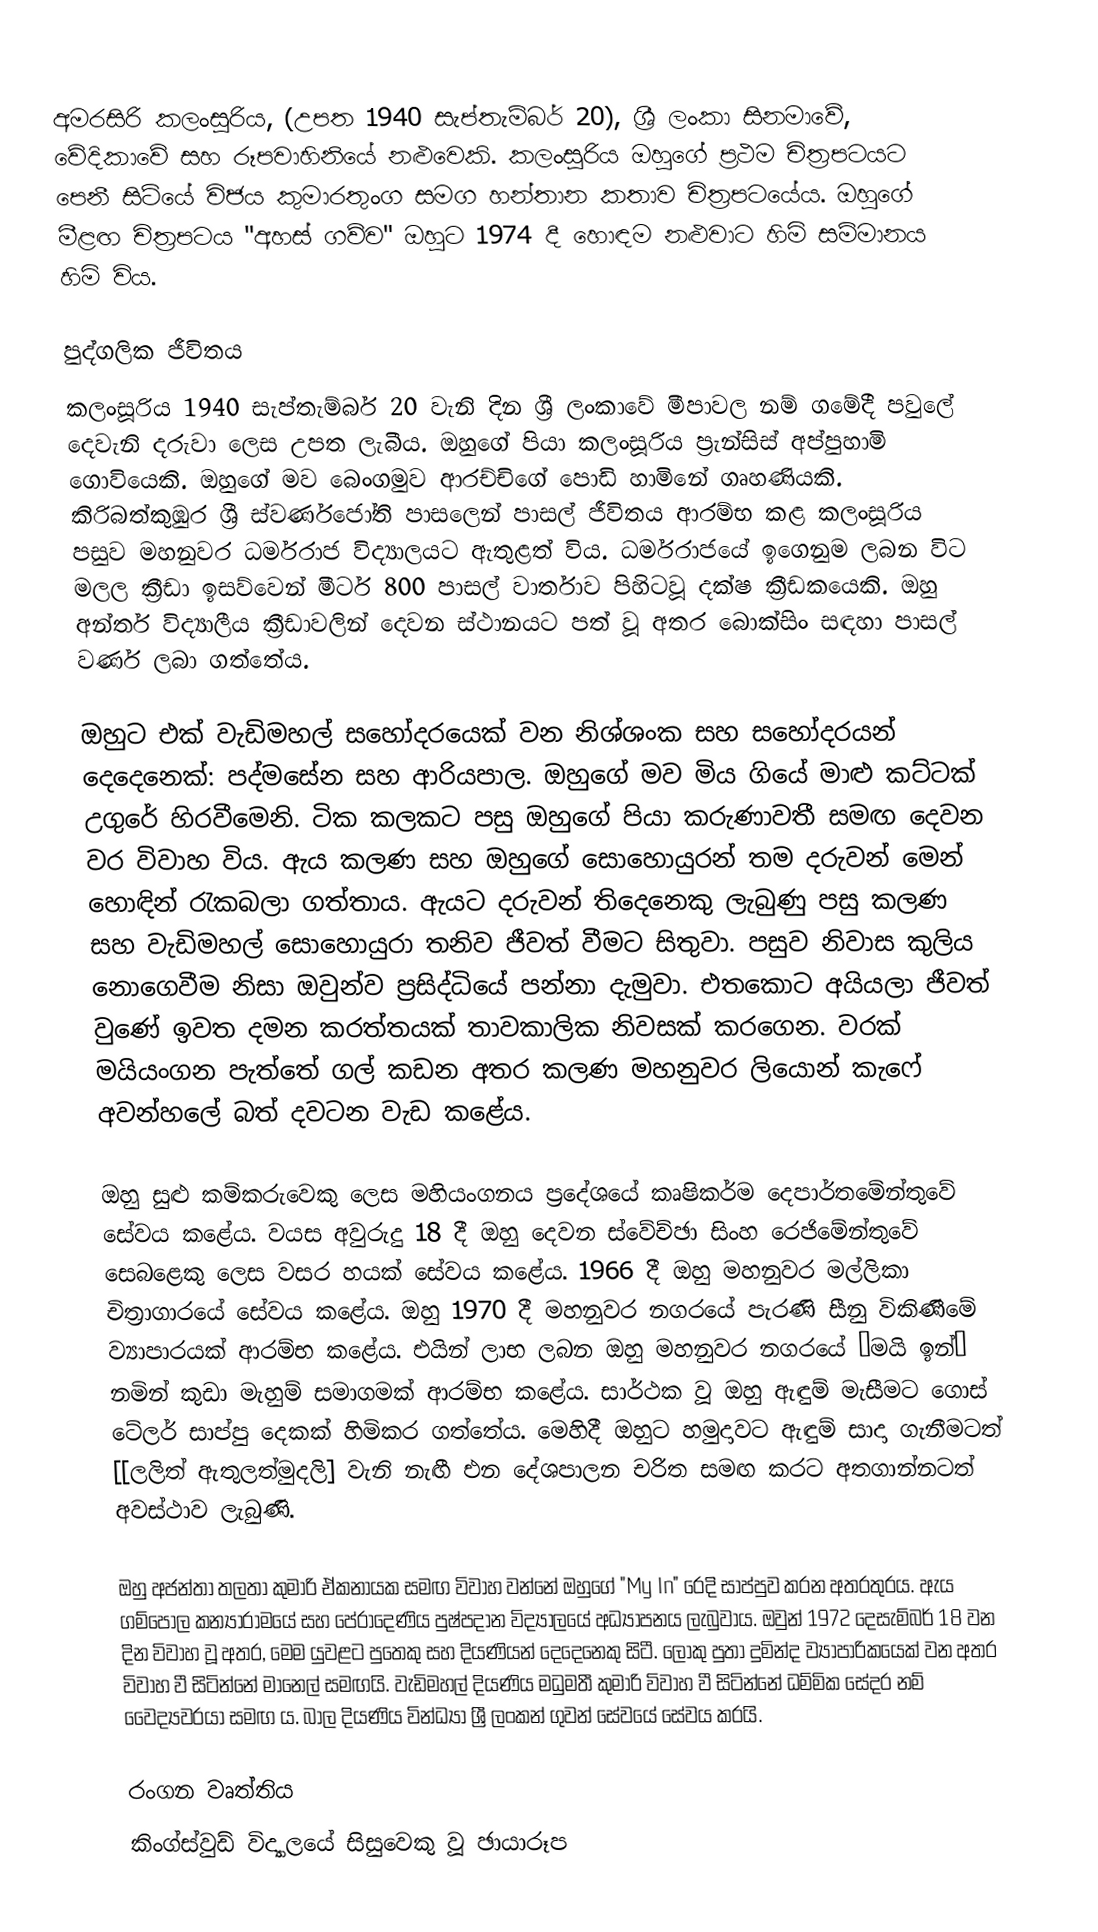
අමරසිරි කලංසූරිය, (උපත 1940 සැප්තැම්බර් 20), ශ්‍රී ලංකා සිනමාවේ, වේදිකාවේ සහ රූපවාහිනියේ නළුවෙකි. කලංසූරිය ඔහුගේ ප්‍රථම චිත්‍රපටයට පෙනී සිටියේ විජය කුමාරතුංග සමග හන්තාන කතාව චිත්‍රපටයේය. ඔහුගේ මීළඟ චිත්‍රපටය "අහස් ගව්ව" ඔහුට 1974 දී හොඳම නළුවාට හිමි සම්මානය හිමි විය.

පුද්ගලික ජීවිතය
කලංසූරිය 1940 සැප්තැම්බර් 20 වැනි දින ශ්‍රී ලංකාවේ මීපාවල නම් ගමේදී පවුලේ දෙවැනි දරුවා ලෙස උපත ලැබීය. ඔහුගේ පියා කලංසූරිය ප්‍රැන්සිස් අප්පුහාමි ගොවියෙකි. ඔහුගේ මව බෙංගමුව ආරච්චිගේ පොඩි හාමිනේ ගෘහණියකි. කිරිබත්කුඹුර ශ්‍රී ස්වර්ණජෝති පාසලෙන් පාසල් ජීවිතය ආරම්භ කළ කලංසූරිය පසුව මහනුවර ධර්මරාජ විද්‍යාලයට ඇතුළත් විය. ධර්මරාජයේ ඉගෙනුම ලබන විට මලල ක්‍රීඩා ඉසව්වෙන් මීටර් 800 පාසල් වාර්තාව පිහිටවූ දක්ෂ ක්‍රීඩකයෙකි. ඔහු අන්තර් විද්‍යාලීය ක්‍රීඩාවලින් දෙවන ස්ථානයට පත් වූ අතර බොක්සිං සඳහා පාසල් වර්ණ ලබා ගත්තේය.

ඔහුට එක් වැඩිමහල් සහෝදරයෙක් වන නිශ්ශංක සහ සහෝදරයන් දෙදෙනෙක්: පද්මසේන සහ ආරියපාල. ඔහුගේ මව මිය ගියේ මාළු කට්ටක් උගුරේ හිරවීමෙනි. ටික කලකට පසු ඔහුගේ පියා කරුණාවතී සමඟ දෙවන වර විවාහ විය. ඇය කලණ සහ ඔහුගේ සොහොයුරන් තම දරුවන් මෙන් හොඳින් රැකබලා ගත්තාය. ඇයට දරුවන් තිදෙනෙකු ලැබුණු පසු කලණ සහ වැඩිමහල් සොහොයුරා තනිව ජීවත් වීමට සිතුවා. පසුව නිවාස කුලිය නොගෙවීම නිසා ඔවුන්ව ප්‍රසිද්ධියේ පන්නා දැමුවා. එතකොට අයියලා ජීවත් වුණේ ඉවත දමන කරත්තයක් තාවකාලික නිවසක් කරගෙන. වරක් මයියංගන පැත්තේ ගල් කඩන අතර කලණ මහනුවර ලියොන් කැෆේ අවන්හලේ බත් දවටන වැඩ කළේය.

ඔහු සුළු කම්කරුවෙකු ලෙස මහියංගනය ප්‍රදේශයේ කෘෂිකර්ම දෙපාර්තමේන්තුවේ සේවය කළේය. වයස අවුරුදු 18 දී ඔහු දෙවන ස්වේච්ඡා සිංහ රෙජිමේන්තුවේ සෙබළෙකු ලෙස වසර හයක් සේවය කළේය. 1966 දී ඔහු මහනුවර මල්ලිකා චිත්‍රාගාරයේ සේවය කළේය. ඔහු 1970 දී මහනුවර නගරයේ පැරණි සීනු විකිණීමේ ව්‍යාපාරයක් ආරම්භ කළේය. එයින් ලාභ ලබන ඔහු මහනුවර නගරයේ ‘මයි ඉන්’ නමින් කුඩා මැහුම් සමාගමක් ආරම්භ කළේය. සාර්ථක වූ ඔහු ඇඳුම් මැසීමට ගොස් ටේලර් සාප්පු දෙකක් හිමිකර ගත්තේය. මෙහිදී ඔහුට හමුදාවට ඇඳුම් සාදා ගැනීමටත් [[ලලිත් ඇතුලත්මුදලි] වැනි නැඟී එන දේශපාලන චරිත සමඟ කරට අතගාන්නටත් අවස්ථාව ලැබුණි.

ඔහු අජන්තා තලතා කුමාරි ඒකනායක සමඟ විවාහ වන්නේ ඔහුගේ "My In" රෙදි සාප්පුව කරන අතරතුරය. ඇය ගම්පොල කන්‍යාරාමයේ සහ පේරාදෙණිය පුෂ්පදාන විද්‍යාලයේ අධ්‍යාපනය ලැබුවාය. ඔවුන් 1972 දෙසැම්බර් 18 වන දින විවාහ වූ අතර, මෙම යුවළට පුතෙකු සහ දියණියන් දෙදෙනෙකු සිටී. ලොකු පුතා දුමින්ද ව්‍යාපාරිකයෙක් වන අතර විවාහ වී සිටින්නේ මානෙල් සමඟයි. වැඩිමහල් දියණිය මධුමතී කුමාරි විවාහ වී සිටින්නේ ධම්මික සේදර නම් වෛද්‍යවරයා සමඟ ය. බාල දියණිය වින්ධ්‍යා ශ්‍රී ලංකන් ගුවන් සේවයේ සේවය කරයි.

රංගන වෘත්තිය
කිංග්ස්වුඩ් විද්‍යාලයේ සිසුවෙකු වූ ඡායාරූප